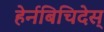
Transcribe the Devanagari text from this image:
हेर्नबिचिदेस्